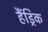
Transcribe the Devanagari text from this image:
हैंड्रिक